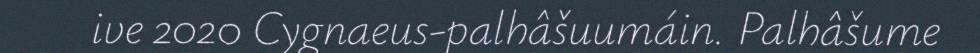
ive 2020 Cygnaeus-palhâšuumáin. Palhâšume